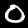
Digit: 0